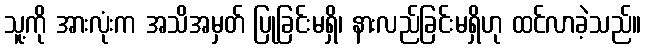
သူ့ကို အားလုံးက အသိအမှတ် ပြုခြင်းမရှိ၊ နားလည်ခြင်းမရှိဟု ထင်လာခဲ့သည်။